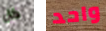
كل واحد